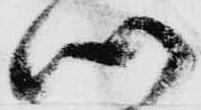
つ